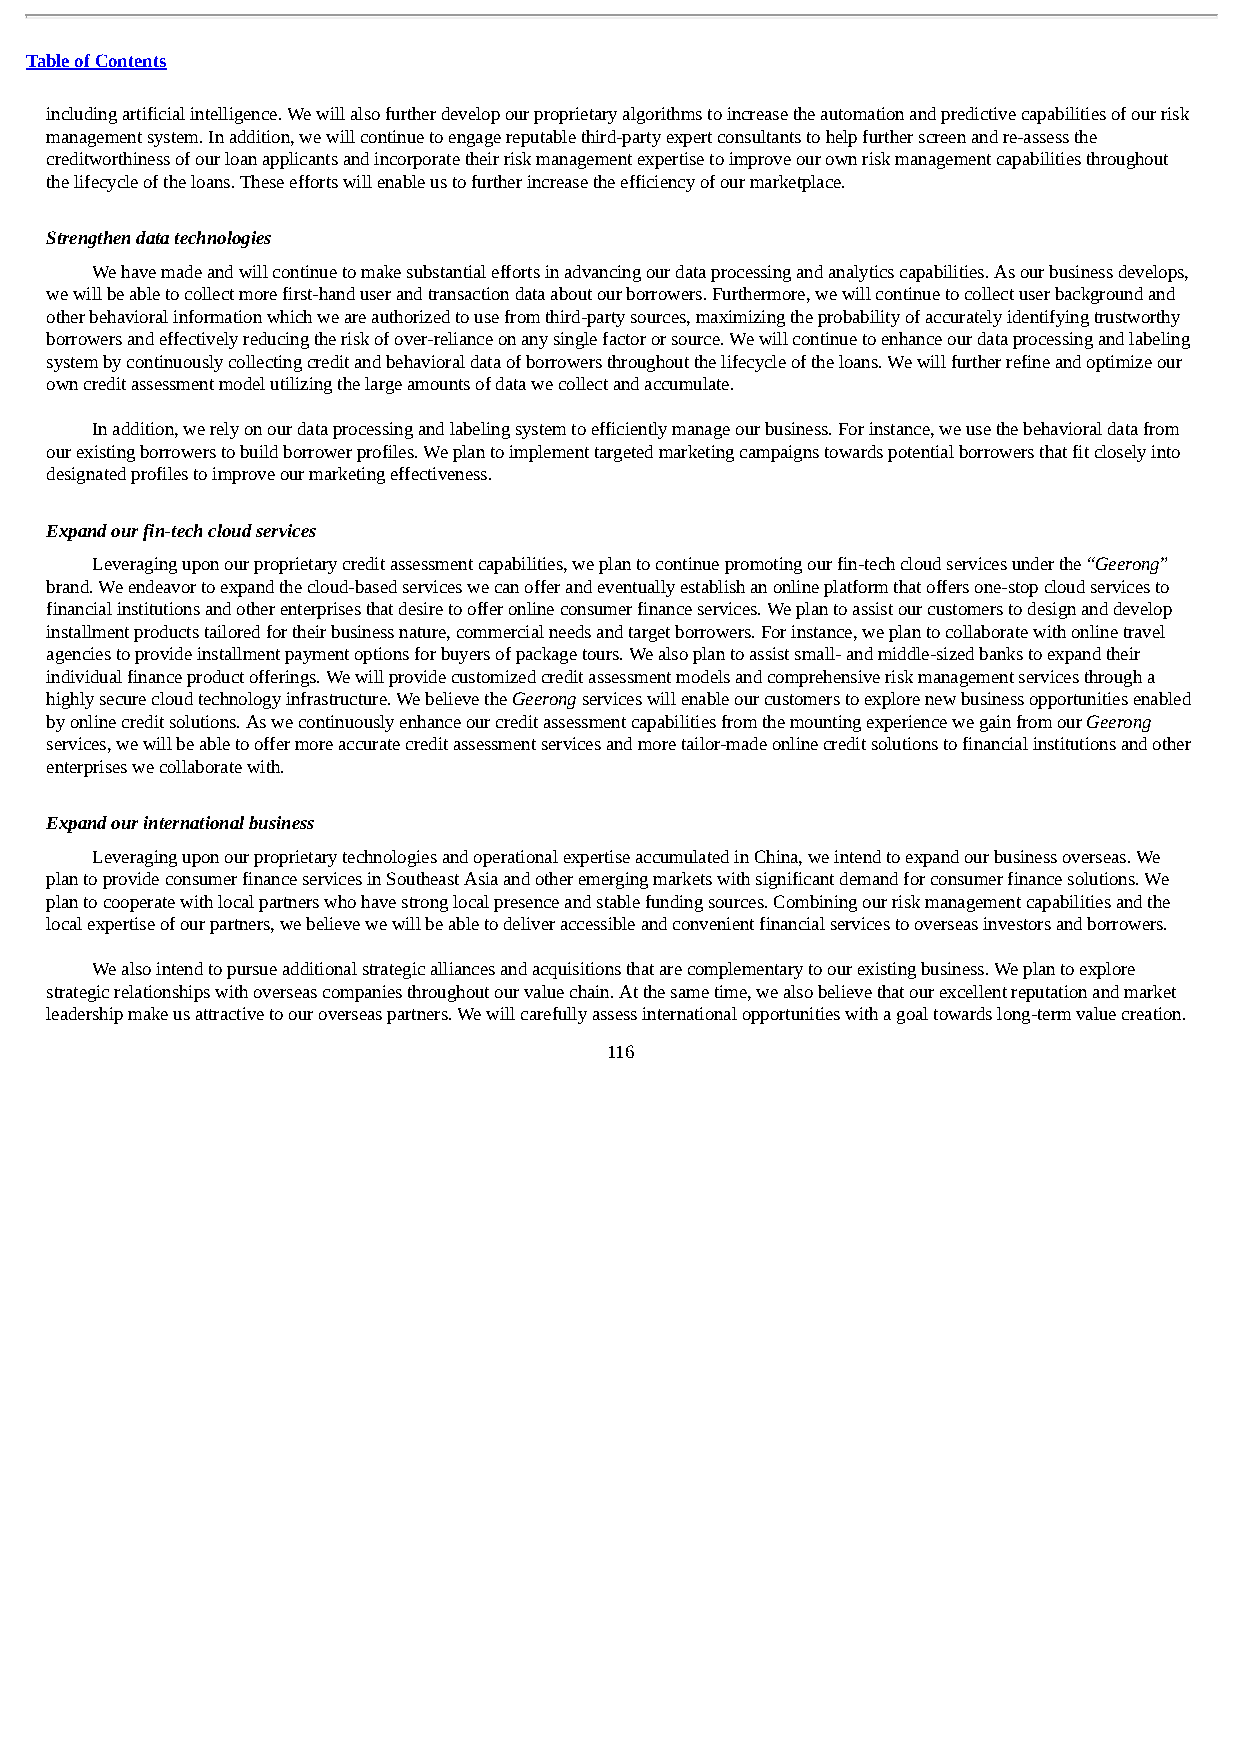
Table of Contents
 including artificial intelligence. We will also further develop our proprietary algorithms to increase the automation and predictive capabilities of our risk
 management system. In addition, we will continue to engage reputable third-party expert consultants to help further screen and re-assess the
 creditworthiness of our loan applicants and incorporate their risk management expertise to improve our own risk management capabilities throughout
 the lifecycle of the loans. These efforts will enable us to further increase the efficiency of our marketplace.
 Strengthen data technologies
 We have made and will continue to make substantial efforts in advancing our data processing and analytics capabilities. As our business develops,
 we will be able to collect more first-hand user and transaction data about our borrowers. Furthermore, we will continue to collect user background and
 other behavioral information which we are authorized to use from third-party sources, maximizing the probability of accurately identifying trustworthy
 borrowers and effectively reducing the risk of over-reliance on any single factor or source. We will continue to enhance our data processing and labeling
 system by continuously collecting credit and behavioral data of borrowers throughout the lifecycle of the loans. We will further refine and optimize our
 own credit assessment model utilizing the large amounts of data we collect and accumulate.
 In addition, we rely on our data processing and labeling system to efficiently manage our business. For instance, we use the behavioral data from
 our existing borrowers to build borrower profiles. We plan to implement targeted marketing campaigns towards potential borrowers that fit closely into
 designated profiles to improve our marketing effectiveness.
 Expand our fin-tech cloud services
 Leveraging upon our proprietary credit assessment capabilities, we plan to continue promoting our fin-tech cloud services under the “Geerong”
 brand. We endeavor to expand the cloud-based services we can offer and eventually establish an online platform that offers one-stop cloud services to
 financial institutions and other enterprises that desire to offer online consumer finance services. We plan to assist our customers to design and develop
 installment products tailored for their business nature, commercial needs and target borrowers. For instance, we plan to collaborate with online travel
 agencies to provide installment payment options for buyers of package tours. We also plan to assist small- and middle-sized banks to expand their
 individual finance product offerings. We will provide customized credit assessment models and comprehensive risk management services through a
 highly secure cloud technology infrastructure. We believe the Geerong services will enable our customers to explore new business opportunities enabled
 by online credit solutions. As we continuously enhance our credit assessment capabilities from the mounting experience we gain from our Geerong
 services, we will be able to offer more accurate credit assessment services and more tailor-made online credit solutions to financial institutions and other
 enterprises we collaborate with.
 Expand our international business
 Leveraging upon our proprietary technologies and operational expertise accumulated in China, we intend to expand our business overseas. We
 plan to provide consumer finance services in Southeast Asia and other emerging markets with significant demand for consumer finance solutions. We
 plan to cooperate with local partners who have strong local presence and stable funding sources. Combining our risk management capabilities and the
 local expertise of our partners, we believe we will be able to deliver accessible and convenient financial services to overseas investors and borrowers.
 We also intend to pursue additional strategic alliances and acquisitions that are complementary to our existing business. We plan to explore
 strategic relationships with overseas companies throughout our value chain. At the same time, we also believe that our excellent reputation and market
 leadership make us attractive to our overseas partners. We will carefully assess international opportunities with a goal towards long-term value creation.
 116